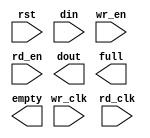
module xfifo_1(
	rst,
	wr_clk,
	rd_clk,
	din,
	wr_en,
	rd_en,
	dout,
	full,
	empty);


input rst;
input wr_clk;
input rd_clk;
input [23 : 0] din;
input wr_en;
input rd_en;
output [23 : 0] dout;
output full;
output empty;

// synthesis translate_off

      FIFO_GENERATOR_V6_2 #(
		.C_COMMON_CLOCK(0),
		.C_COUNT_TYPE(0),
		.C_DATA_COUNT_WIDTH(10),
		.C_DEFAULT_VALUE("BlankString"),
		.C_DIN_WIDTH(24),
		.C_DOUT_RST_VAL("0"),
		.C_DOUT_WIDTH(24),
		.C_ENABLE_RLOCS(0),
		.C_ENABLE_RST_SYNC(1),
		.C_ERROR_INJECTION_TYPE(0),
		.C_FAMILY("virtex5"),
		.C_FULL_FLAGS_RST_VAL(1),
		.C_HAS_ALMOST_EMPTY(0),
		.C_HAS_ALMOST_FULL(0),
		.C_HAS_BACKUP(0),
		.C_HAS_DATA_COUNT(0),
		.C_HAS_INT_CLK(0),
		.C_HAS_MEMINIT_FILE(0),
		.C_HAS_OVERFLOW(0),
		.C_HAS_RD_DATA_COUNT(0),
		.C_HAS_RD_RST(0),
		.C_HAS_RST(1),
		.C_HAS_SRST(0),
		.C_HAS_UNDERFLOW(0),
		.C_HAS_VALID(0),
		.C_HAS_WR_ACK(0),
		.C_HAS_WR_DATA_COUNT(0),
		.C_HAS_WR_RST(0),
		.C_IMPLEMENTATION_TYPE(2),
		.C_INIT_WR_PNTR_VAL(0),
		.C_MEMORY_TYPE(1),
		.C_MIF_FILE_NAME("BlankString"),
		.C_MSGON_VAL(1),
		.C_OPTIMIZATION_MODE(0),
		.C_OVERFLOW_LOW(0),
		.C_PRELOAD_LATENCY(1),
		.C_PRELOAD_REGS(0),
		.C_PRIM_FIFO_TYPE("1kx36"),
		.C_PROG_EMPTY_THRESH_ASSERT_VAL(2),
		.C_PROG_EMPTY_THRESH_NEGATE_VAL(3),
		.C_PROG_EMPTY_TYPE(0),
		.C_PROG_FULL_THRESH_ASSERT_VAL(1021),
		.C_PROG_FULL_THRESH_NEGATE_VAL(1020),
		.C_PROG_FULL_TYPE(0),
		.C_RD_DATA_COUNT_WIDTH(10),
		.C_RD_DEPTH(1024),
		.C_RD_FREQ(1),
		.C_RD_PNTR_WIDTH(10),
		.C_UNDERFLOW_LOW(0),
		.C_USE_DOUT_RST(1),
		.C_USE_ECC(0),
		.C_USE_EMBEDDED_REG(0),
		.C_USE_FIFO16_FLAGS(0),
		.C_USE_FWFT_DATA_COUNT(0),
		.C_VALID_LOW(0),
		.C_WR_ACK_LOW(0),
		.C_WR_DATA_COUNT_WIDTH(10),
		.C_WR_DEPTH(1024),
		.C_WR_FREQ(1),
		.C_WR_PNTR_WIDTH(10),
		.C_WR_RESPONSE_LATENCY(1))
	inst (
		.RST(rst),
		.WR_CLK(wr_clk),
		.RD_CLK(rd_clk),
		.DIN(din),
		.WR_EN(wr_en),
		.RD_EN(rd_en),
		.DOUT(dout),
		.FULL(full),
		.EMPTY(empty),
		.BACKUP(),
		.BACKUP_MARKER(),
		.CLK(),
		.SRST(),
		.WR_RST(),
		.RD_RST(),
		.PROG_EMPTY_THRESH(),
		.PROG_EMPTY_THRESH_ASSERT(),
		.PROG_EMPTY_THRESH_NEGATE(),
		.PROG_FULL_THRESH(),
		.PROG_FULL_THRESH_ASSERT(),
		.PROG_FULL_THRESH_NEGATE(),
		.INT_CLK(),
		.INJECTDBITERR(),
		.INJECTSBITERR(),
		.ALMOST_FULL(),
		.WR_ACK(),
		.OVERFLOW(),
		.ALMOST_EMPTY(),
		.VALID(),
		.UNDERFLOW(),
		.DATA_COUNT(),
		.RD_DATA_COUNT(),
		.WR_DATA_COUNT(),
		.PROG_FULL(),
		.PROG_EMPTY(),
		.SBITERR(),
		.DBITERR());


// synthesis translate_on

// XST black box declaration
// box_type "black_box"
// synthesis attribute box_type of xfifo_1 is "black_box"

endmodule